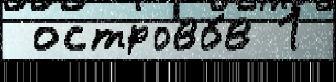
 острово́в 1